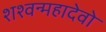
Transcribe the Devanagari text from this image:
शश्वन्महादेवो